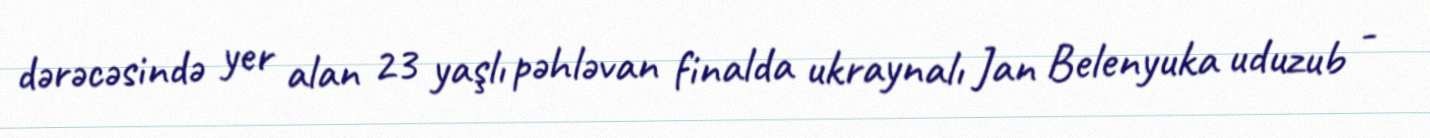
dərəcəsində yer alan 23 yaşlı pəhləvan finalda ukraynalı Jan Belenyuka uduzub -